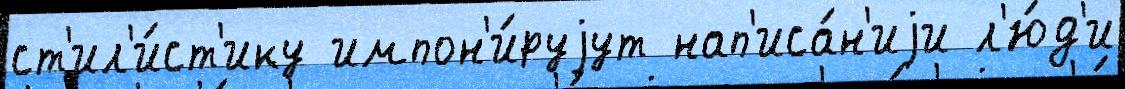
ст'ил'и́ст'ику импон'и́руjут нап'иса́н'иjи л'ю́д'и